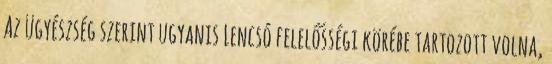
Az ügyészség szerint ugyanis Lencsó felelősségi körébe tartozott volna,